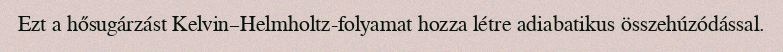
Ezt a hősugárzást Kelvin–Helmholtz-folyamat hozza létre adiabatikus összehúzódással.